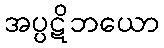
အပ္ပဋိဘယော